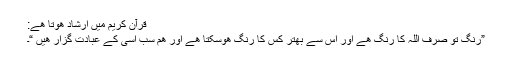
قرآن کریم میں ارشاد ھوتا ھے:
”رنگ تو صرف اللہ کا رنگ ھے اور اس سے بھتر کس کا رنگ ھوسکتا ھے اور ھم سب اسی کے عبادت گزار ھیں “۔